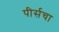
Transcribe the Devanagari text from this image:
पीर्सचा